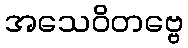
အသေဝိတဗ္ဗေ